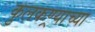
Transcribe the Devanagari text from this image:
कुलकण्र्याच्या